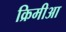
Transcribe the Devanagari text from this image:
क्रिमीआ